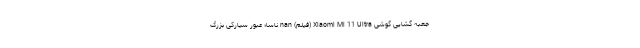
جعبه گشایی گوشی Xiaomi Mi 11 Ultra (فیلم) nan ناسا؛ عبور سیارکی بزرگ